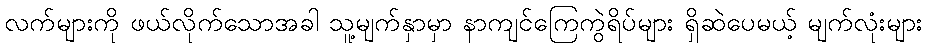
လက်များကို ဖယ်လိုက်သောအခါ သူ့မျက်နှာမှာ နာကျင်ကြေကွဲရိပ်များ ရှိဆဲပေမယ့် မျက်လုံးများ